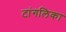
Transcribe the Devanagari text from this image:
टांगलिका